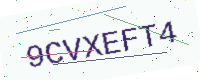
Text: 9CVXEFT4